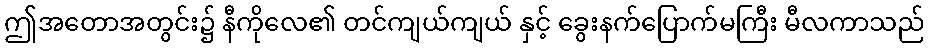
ဤအတောအတွင်း၌ နီကိုလေ၏ တင်ကျယ်ကျယ် နှင့် ခွေးနက်ပြောက်မကြီး မီလကာသည်